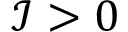
\mathcal { I } > 0